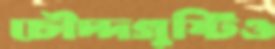
চৌদ্দগুষ্টিও